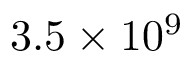
3 . 5 \times 1 0 ^ { 9 }